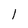
Character: 1